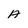
Character: A